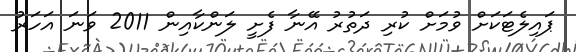
ޕައިލެޓަކަށް ވުމަށް ކުރި ދަތުރު އޭނާ ފެށީ ލަންކާއިން 2011 ވަނަ އަހަރު